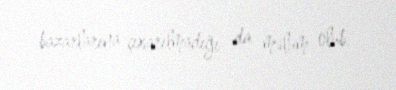
bazarlarına çıxarılmadığı da məlum olub.